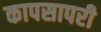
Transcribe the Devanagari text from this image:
कापसापरी